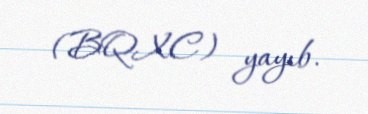
(BQXC) yayıb.